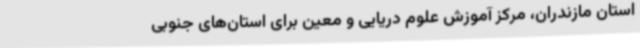
استان مازندران، مرکز آموزش علوم دریایی و معین برای استان‌های جنوبی